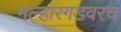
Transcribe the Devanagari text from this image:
मल्हारगडवरच